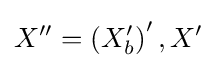
X''=\left(X'_{b}\right)',X'